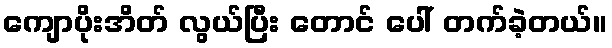
ကျောပိုးအိတ် လွယ်ပြီး တောင် ပေါ် တက်ခဲ့တယ်။